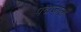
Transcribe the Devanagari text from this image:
पद्मजाला